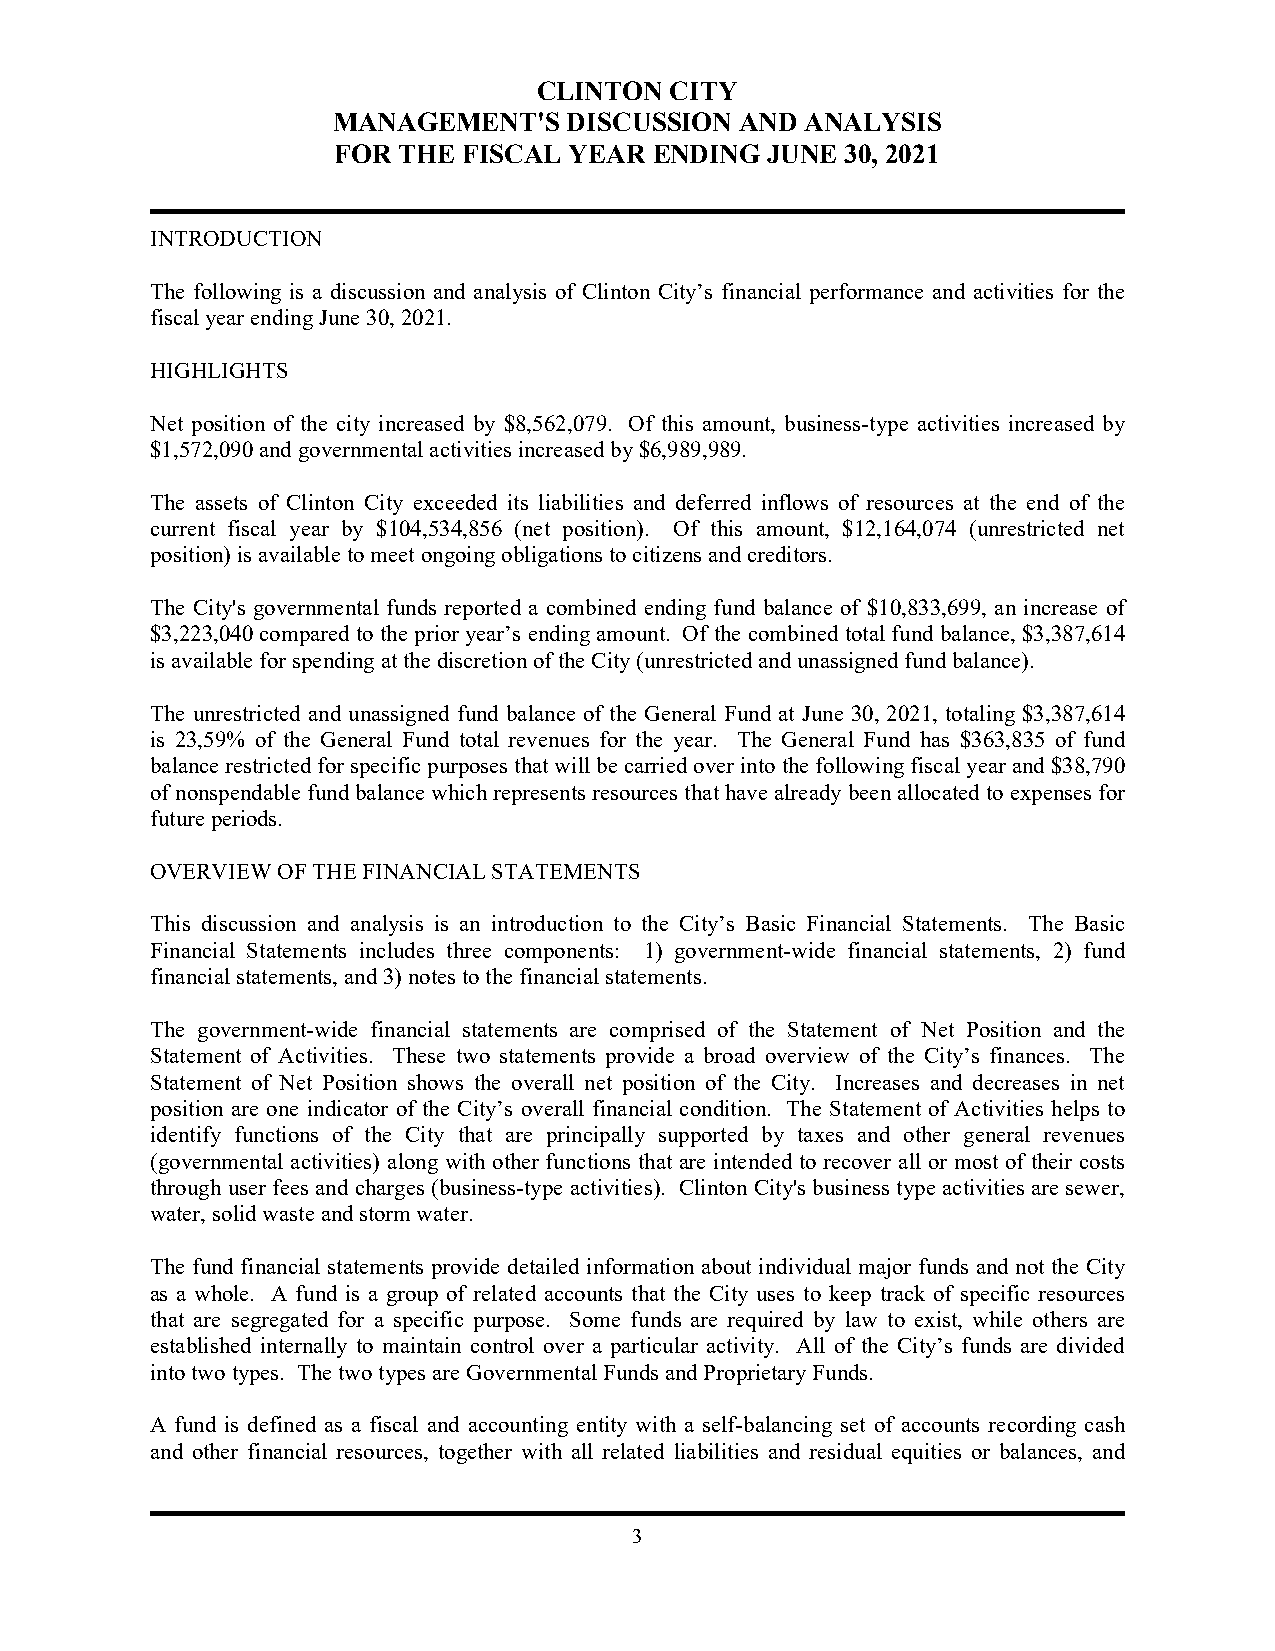
CLINTON CITY
 MANAGEMENT'S    DISCUSSION AND ANALYSIS
 FOR THE  FISCAL YEAR ENDING  JUNE 30, 2021
 INTRODUCTION
 The following is a discussion and analysis of Clinton City’s financial performance and activities for the
 fiscal year ending June 30, 2021.
 HIGHLIGHTS
 Net position of the city increased by $8,562,079. Of this amount, business-type activities increased by
 $1,572,090 and governmental activities increased by $6,989,989.
 The assets of Clinton City exceeded its liabilities and deferred inflows of resources at the end of the
 current fiscal year by $104,534,856 (net position). Of this amount, $12,164,074 (unrestricted net
 position) is available to meet ongoing obligations to citizens and creditors.
 The City's governmental funds reported a combined ending fund balance of $10,833,699, an increase of
 $3,223,040 compared to the prior year’s ending amount. Of the combined total fund balance, $3,387,614
 is available for spending at the discretion of the City (unrestricted and unassigned fund balance).
 The unrestricted and unassigned fund balance of the General Fund at June 30, 2021, totaling $3,387,614
 is 23,59% of the General Fund total revenues for the year. The General Fund has $363,835 of fund
 balance restricted for specific purposes that will be carried over into the following fiscal year and $38,790
 of nonspendable fund balance which represents resources that have already been allocated to expenses for
 future periods.
 OVERVIEW OF THE FINANCIAL STATEMENTS
 This discussion and analysis is an introduction to the City’s Basic Financial Statements. The Basic
 Financial Statements includes three components: 1) government-wide financial statements, 2) fund
 financial statements, and 3) notes to the financial statements.
 The government-wide financial statements are comprised of the Statement of Net Position and the
 Statement of Activities. These two statements provide a broad overview of the City’s finances. The
 Statement of Net Position shows the overall net position of the City. Increases and decreases in net
 position are one indicator of the City’s overall financial condition. The Statement of Activities helps to
 identify functions of the City that are principally supported by taxes and other general revenues
 (governmental activities) along with other functions that are intended to recover all or most of their costs
 through user fees and charges (business-type activities). Clinton City's business type activities are sewer,
 water, solid waste and storm water.
 The fund financial statements provide detailed information about individual major funds and not the City
 as a whole. A fund is a group of related accounts that the City uses to keep track of specific resources
 that are segregated for a specific purpose. Some funds are required by law to exist, while others are
 established internally to maintain control over a particular activity. All of the City’s funds are divided
 into two types. The two types are Governmental Funds and Proprietary Funds.
 A fund is defined as a fiscal and accounting entity with a self-balancing set of accounts recording cash
 and other financial resources, together with all related liabilities and residual equities or balances, and
 3